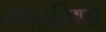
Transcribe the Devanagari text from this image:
भवतरिणी